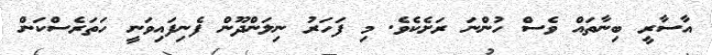
އާސާރީ ބިނާތައް ވެސް ހުންނަ ރަށެކެވެ. މި ފަހަރު ނިލަންދޫން ފެނިފައިވަނީ ހަތަރެސްކަން